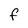
Character: F